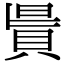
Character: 𧵯